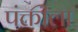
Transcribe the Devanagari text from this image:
पंक्तीला